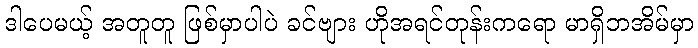
ဒါပေမယ့် အတူတူ ဖြစ်မှာပါပဲ ခင်ဗျား ဟိုအရင်တုန်းကရော မာရှိဘအိမ်မှာ